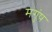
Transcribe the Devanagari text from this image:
मगुंष